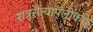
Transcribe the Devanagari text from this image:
शत्रूसैन्यापलीकडे